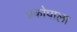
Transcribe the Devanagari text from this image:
प्रकोपाला